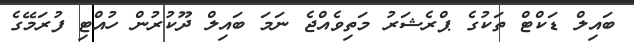
ބައިލް ޑަކްޓް ތަކުގެ ޕްރެޝަރު މަތިވެއްޖެ ނަމަ ބައިލް ދޫކުރުން ހުއްޓި ފުރަމޭގެ